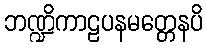
ဘဏ္ဍိကာဠပနမတ္တေနပိ